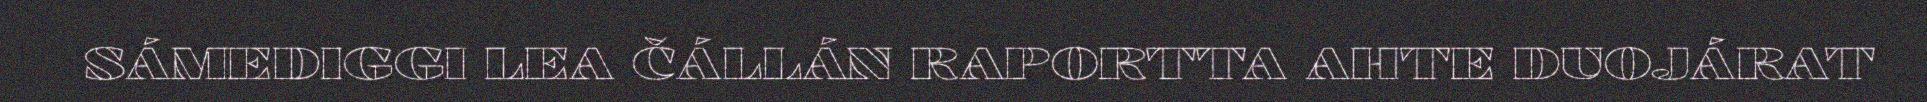
SÁMEDIGGI LEA ČÁLLÁN RAPORTTA AHTE DUOJÁRAT